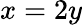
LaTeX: x=2y